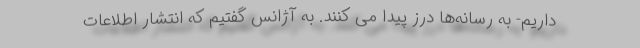
داریم- به رسانه‌ها درز پیدا می کنند. به آژانس گفتیم که انتشار اطلاعات